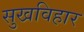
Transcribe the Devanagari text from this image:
सुखविहार